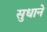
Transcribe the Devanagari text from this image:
सुधाने